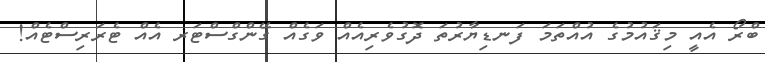
ބްރޯ އެއީ މިޤައުމުގެ އުއްތަމަ ފަނޑިޔާރުތަ ދޮގުވެރިއެއް ވަގެއް ގޭންގްސްޓަރ އެއް ޓެރަރިސްޓެއް!